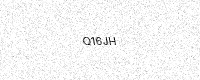
Text: Q16JH